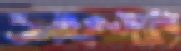
ওলফগ্যাং